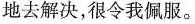
地去解决，很令我佩服。